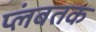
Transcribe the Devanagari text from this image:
प्लंबतक